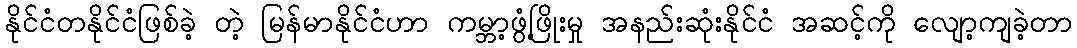
နိုင်ငံတနိုင်ငံဖြစ်ခဲ့ တဲ့ မြန်မာနိုင်ငံဟာ ကမ္ဘာ့ဖွံ့ဖြိုးမှု အနည်းဆုံးနိုင်ငံ အဆင့်ကို လျော့ကျခဲ့တာ